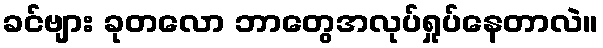
ခင်ဗျား ခုတလော ဘာတွေအလုပ်ရှုပ်နေတာလဲ။